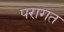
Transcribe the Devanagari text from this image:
परागत